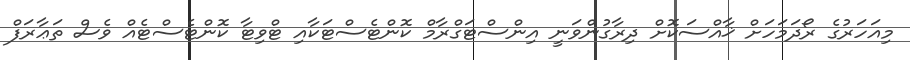
މިއަހަރުގެ ރޯދަމަހަށް ޚާއްސަކޮށް ދިރާގުންވަނީ އިންސްޓަގްރާމް ކޮންޓެސްޓަކާއި ޓްވިޓާ ކޮންޓެސްޓެއް ވެސް ތަޢާރަފް